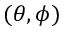
( \theta , \phi )